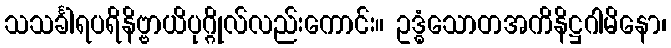
သသင်္ခါရပရိနိဗ္ဗာယိပုဂ္ဂိုလ်လည်းကောင်း။ ဥဒ္ဓံသောတအကိနိဋ္ဌဂါမိနော၊